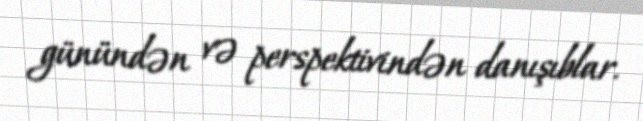
günündən və perspektivindən danışıblar.